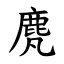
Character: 䴟